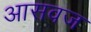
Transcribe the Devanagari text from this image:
आसवज